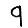
Digit: 9